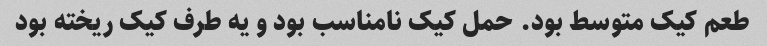
طعم کیک متوسط بود. حمل کیک نامناسب بود و یه طرف کیک ریخته بود